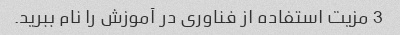
3 مزیت استفاده از فناوری در آموزش را نام ببرید.